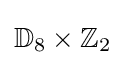
\mathbb {D} _{8}\times \mathbb {Z} _{2}